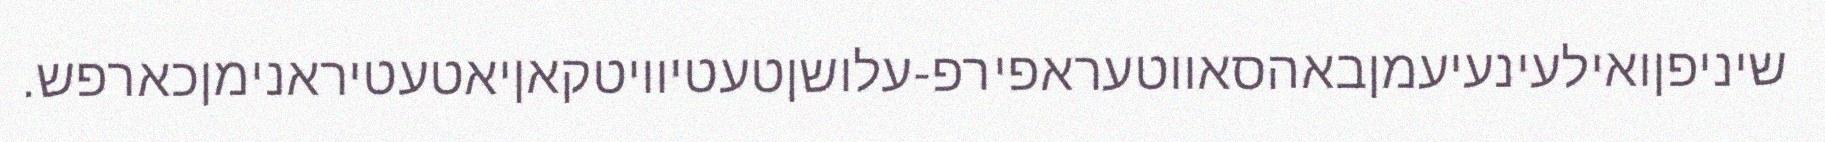
שיניפןואילעינעיעמןבאהסאווטעראפירפ-עלושןטעטיוויטקאןיאטעטיראנימןכארפש.